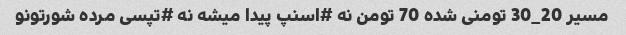
مسیر 20_30 تومنی شده 70 تومن نه #اسنپ پیدا میشه نه #تپسی مرده شورتونو